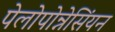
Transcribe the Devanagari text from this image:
पेलोपोन्नेसिंयन